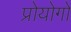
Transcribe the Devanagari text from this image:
प्रोयोगो